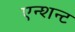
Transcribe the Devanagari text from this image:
एन्शन्ट